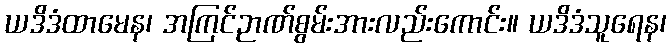
ယဒိဒံထာမေန၊ အကြင်ဉာဏ်စွမ်းအားလည်းကောင်း။ ယဒိဒံသူရေန၊